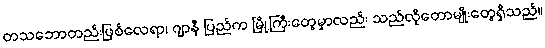
တသဘောတည်းဖြစ်လေရာ၊ ဂျာနီ ပြည်က မြို့ကြီးတွေမှာလည်း သည်လိုတောမျိုးတွေရှိသည်။